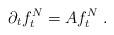
LaTeX: \begin{align*}\partial_t f^N_t=A f^N_t\;.\end{align*}